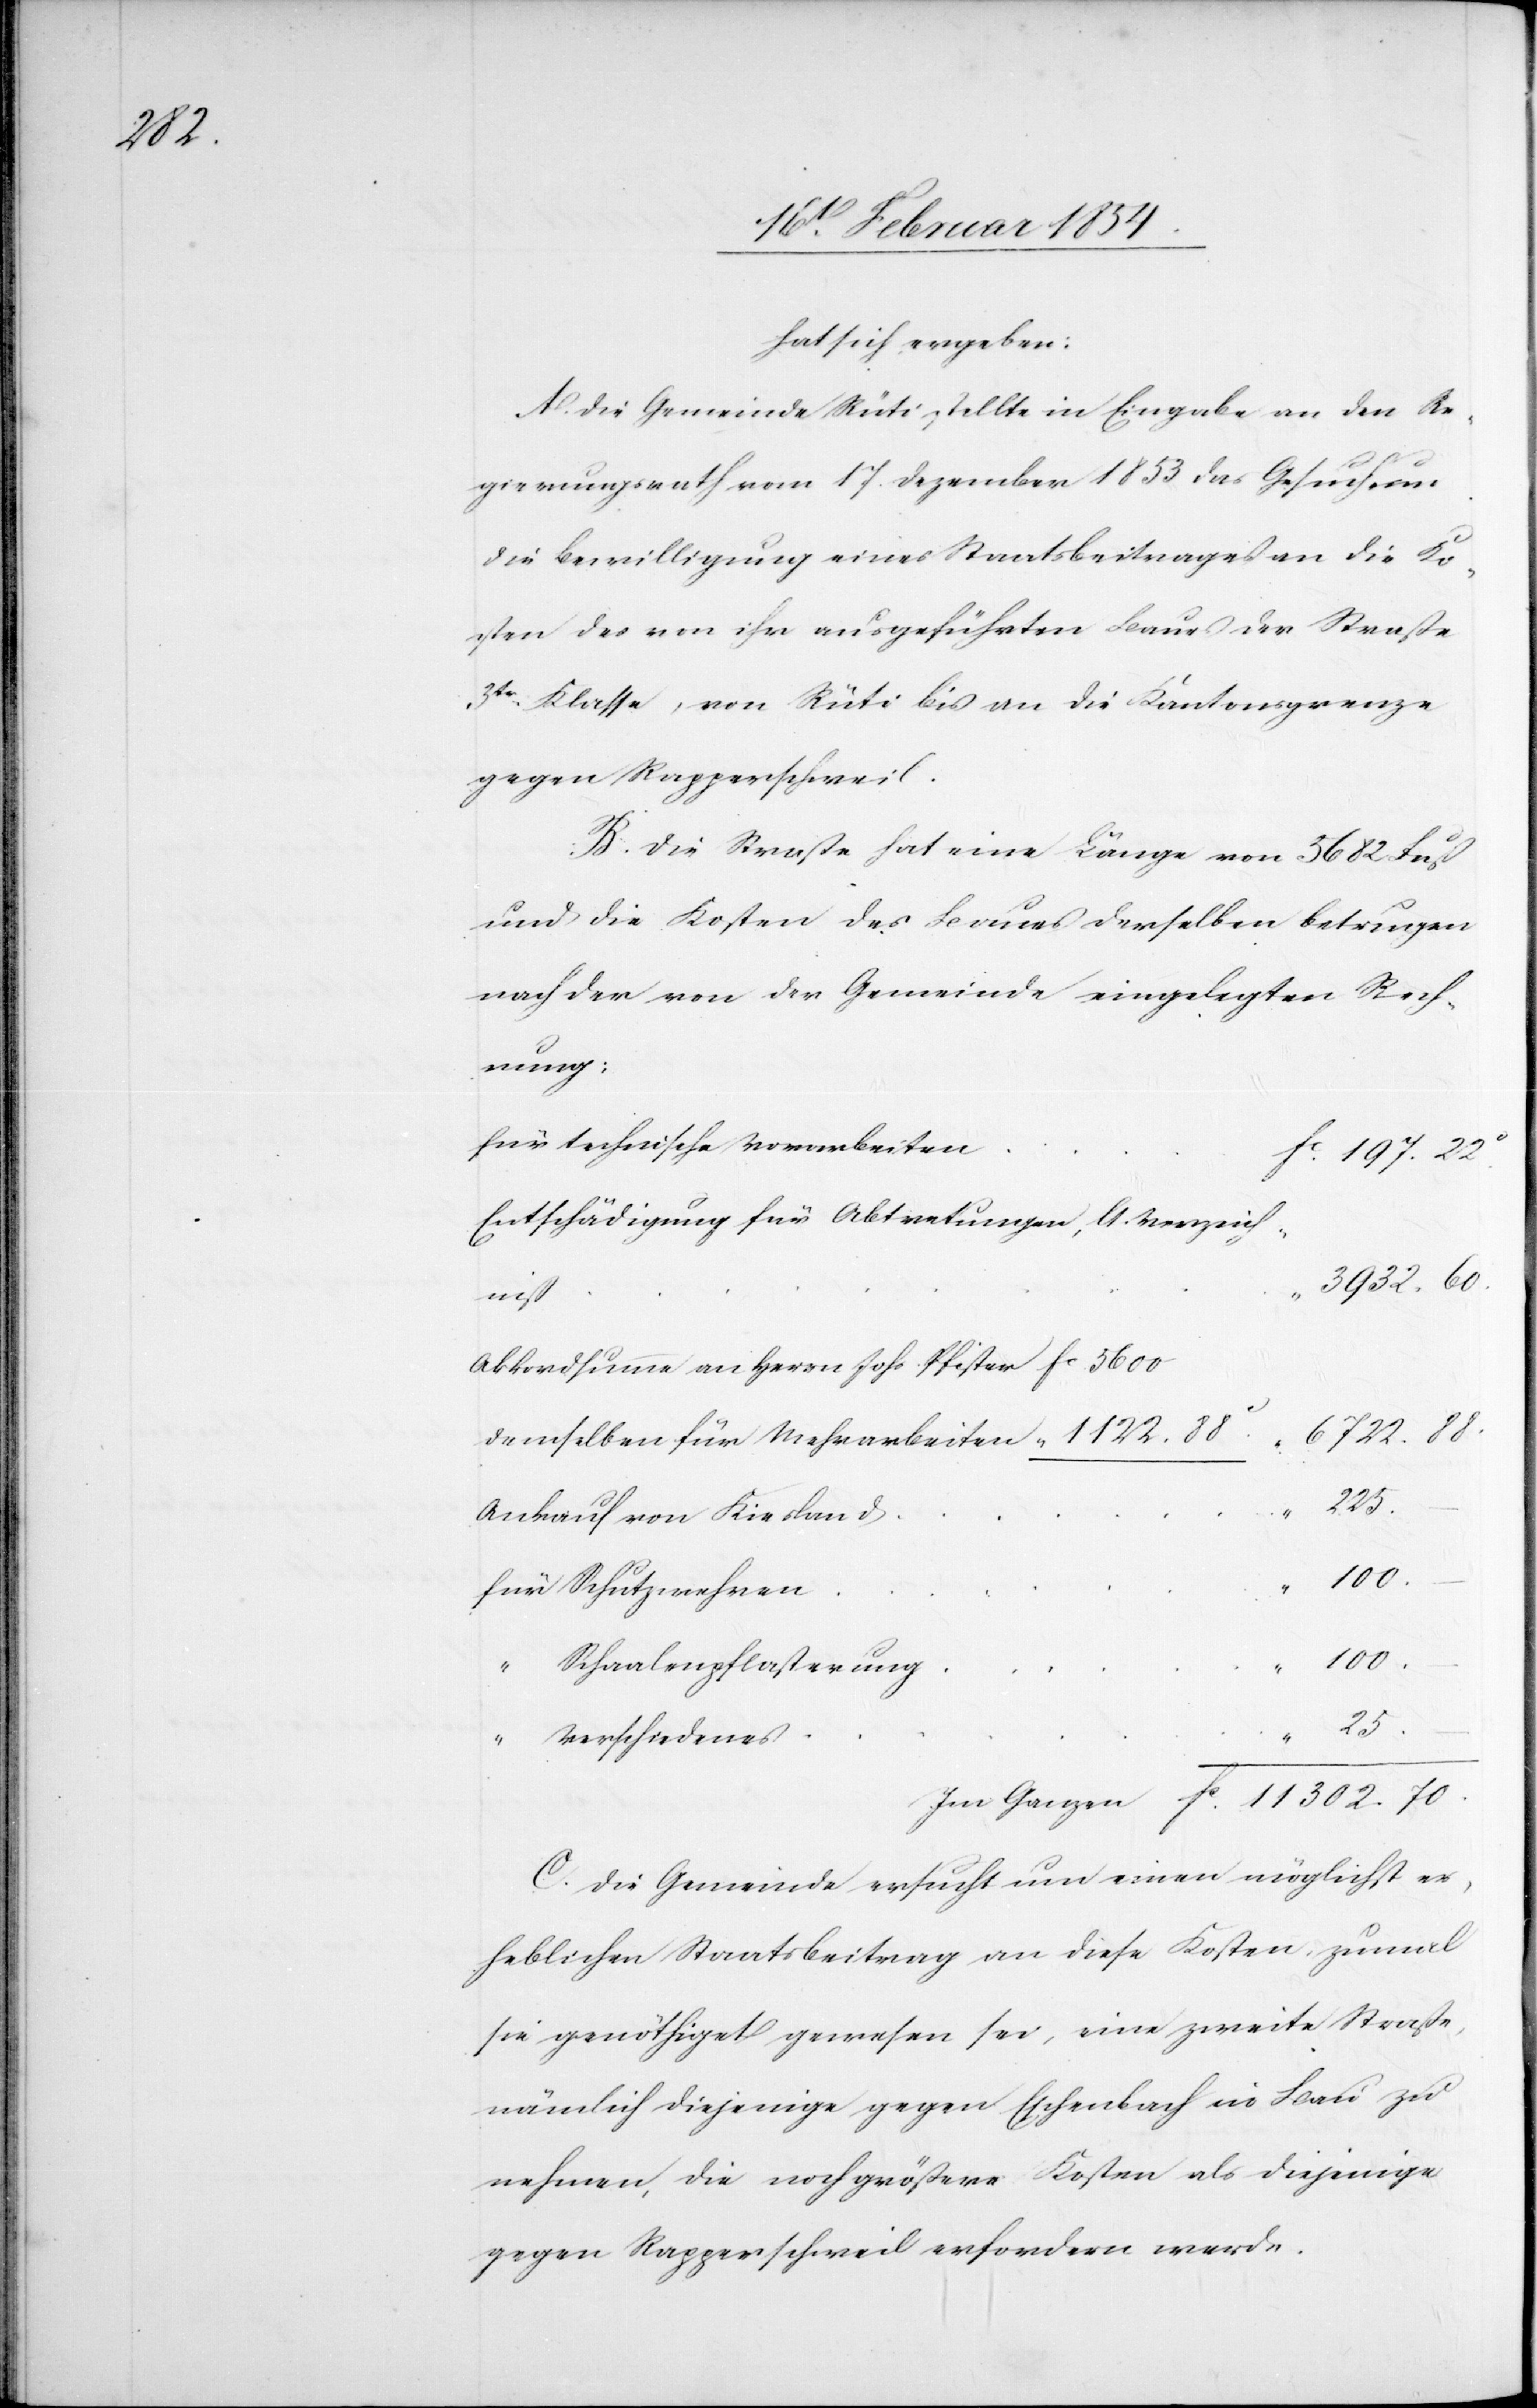
11

hat sich ergeben:
A. Die Gemeinde Rüti stellte in Eingabe an den Re¬
302.70.
gierungsrath vom 17. Dezember 1853 das Gesuch um
die Bewilligung eines Staatsbeitrages an die Ko¬
sten des von ihr ausgeführten Baues der Straße
3tr Klasse, von Rüti bis an die Kantonsgrenze
gegen Rapperschweil.
B. Die Straße hat eine Länge von 5682 Fuß
und die Kosten des Baues derselben betrugen
nach der von der Gemeinde eingelegten Rech¬
nung:
Für technische Vorarbeiten
Fc 197.22c
Entschädigung für Abtretungen, A. Verzeich¬
3932.60.
niß
„
Akkordsumme an Herrn Johs. Pfister
6722.88.
Ankauf von Kiesland
„ 100.–
Für Schutzwehren
„
Schaalenpflasterung
für
„
Verschiedenes
„
C. Die Gemeinde ersucht um einen möglichst er¬
heblichen Staatsbeitrag an diese Kosten, zumal
sie genöthiget gewesen sei, eine zweite Straße,
nämlich diejenige gegen Eschenbach in Bau zu
nehmen, die noch größere Kosten als diejenige
gegen Rapperschweil erfordern werde.